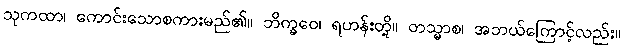
သုကထာ၊ ကောင်းသောစကားမည်၏။ ဘိက္ခဝေ၊ ရဟန်းတို့။ တသ္မာစ၊ အဘယ်ကြောင့်လည်း။